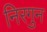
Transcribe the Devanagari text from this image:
निरगुन